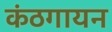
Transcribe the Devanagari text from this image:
कंठगायन